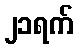
၂၁ရက်